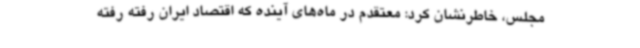
مجلس، خاطرنشان کرد: معتقدم در ماه‌های آینده که اقتصاد ایران رفته رفته